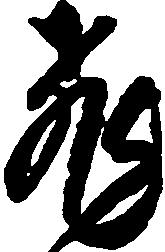
飛